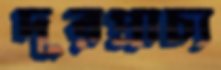
দূরপ্রাচ্য